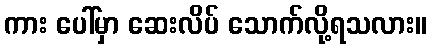
ကား ပေါ်မှာ ဆေးလိပ် သောက်လို့ရသလား။